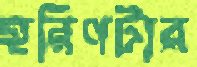
হরিণটার